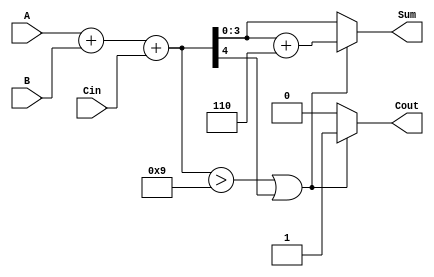
module BCD_Fast_Adder (
    input [3:0] A,       // First BCD digit
    input [3:0] B,       // Second BCD digit
    input Cin,           // Carry-in
    output reg [3:0] Sum, // Resulting BCD digit (sum)
    output reg Cout       // Carry-out
);

    wire [4:0] binary_sum; // 5-bit to accommodate carry
    wire need_adjustment;   // Signal to indicate if adjustment is needed

    // Step 1: Binary Addition
    assign binary_sum = A + B + Cin;

    // Step 2: Check if adjustment is needed
    assign need_adjustment = (binary_sum > 9) || (binary_sum[4]); // Check if > 9 or if there is a carry out

    // Step 3: BCD Adjustment
    always @(*) begin
        if (need_adjustment) begin
            Sum = binary_sum[3:0] + 4'b0110; // Add 6 to get valid BCD
            Cout = 1; // Set carry-out
        end else begin
            Sum = binary_sum[3:0]; // No adjustment needed
            Cout = 0; // No carry-out
        end
    end

endmodule